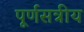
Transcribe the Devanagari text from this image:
पूर्णसत्रीय